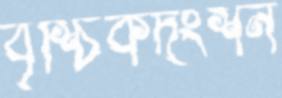
বৃশ্চিকদংশন